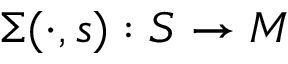
\Sigma ( \cdot , s ) : S \to M